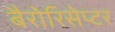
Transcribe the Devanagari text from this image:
बैरोरिसेप्टर